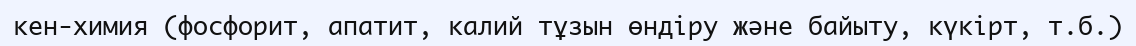
кен-химия (фосфорит, апатит, калий тұзын өндіру және байыту, күкірт, т.б.)